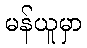
မန်ယူမှာ